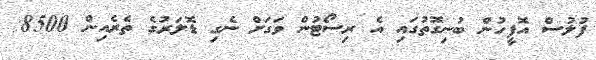
ފުލުސް އޮފީހުން ބުނިގޮތުގައި އެ ރިސޯޓުން ވަގަށް ނެގި ޑޮލަރުގެ ތެރެއިން 8500